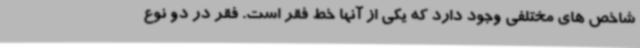
شاخص های مختلفی وجود دارد که یکی از آنها خط فقر است. فقر در دو نوع